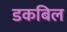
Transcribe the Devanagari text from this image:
डकबिल